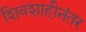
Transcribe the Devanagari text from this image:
शिवशाहीनंतर